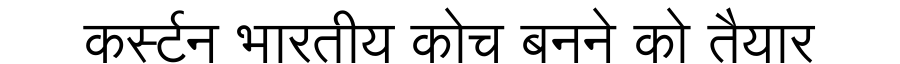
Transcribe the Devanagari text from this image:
कर्स्टन भारतीय कोच बनने को तैयार